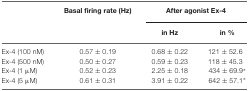
<table><thead><tr><td></td><td><b>Basal firing rate (Hz)</b></td><td colspan="2"><b>After agonist Ex-4</b></td></tr><tr><td></td><td></td><td><b>in Hz</b></td><td><b>in %</b></td></tr></thead><tbody><tr><td>Ex-4 (100 nM)</td><td>0.57 ± 0.19</td><td>0.68 ± 0.22</td><td>121 ± 52.6</td></tr><tr><td>Ex-4 (500 nM)</td><td>0.50 ± 0.27</td><td>0.59 ± 0.23</td><td>118 ± 45.3</td></tr><tr><td>Ex-4 (1 μM)</td><td>0.52 ± 0.23</td><td>2.25 ± 0.18</td><td>434 ± 69.9*</td></tr><tr><td>Ex-4 (5 μM)</td><td>0.61 ± 0.31</td><td>3.91 ± 0.22</td><td>642 ± 57.1*</td></tr></tbody></table>